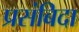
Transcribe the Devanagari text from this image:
प्रसंबिदा